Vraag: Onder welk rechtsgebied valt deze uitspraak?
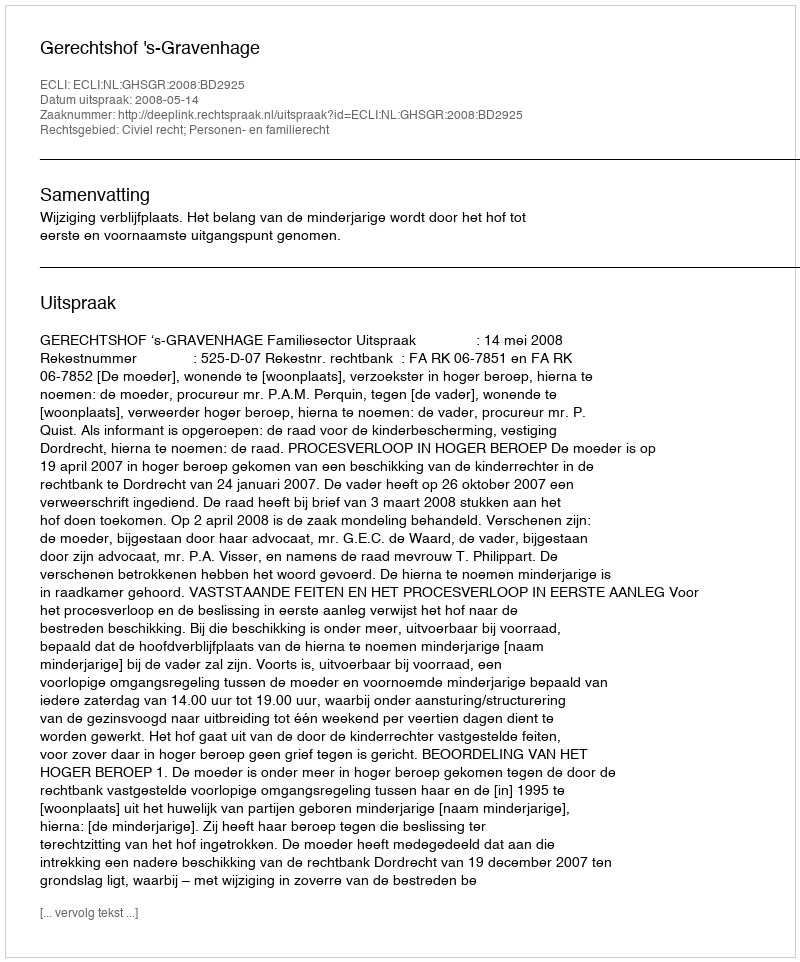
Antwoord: Civiel recht; Personen- en familierecht